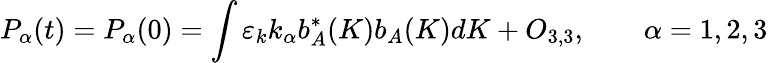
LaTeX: P_{\alpha}(t)=P_{\alpha}(0)=\int\varepsilon_{k}k_{\alpha}b_{A}^{\ast}(K)b_{A}(K)dK+O_{3,3},\qquad\alpha=1,2,3